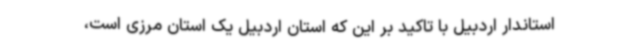
استاندار اردبیل با تاکید بر این که استان اردبیل یک استان مرزی است،